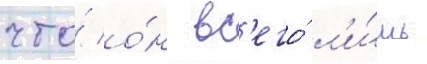
что́ о́н вс'его́ л'и́шь